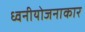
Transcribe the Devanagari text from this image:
ध्वनीयोजनाकार